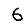
Digit: 6